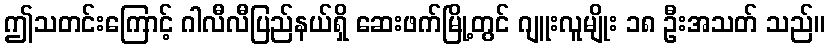
ဤသတင်းကြောင့် ဂါလီလီပြည်နယ်ရှိ ဆေးဖက်မြို့တွင် ဂျူးလူမျိုး ၁၈ ဦးအသတ် သည်။